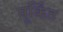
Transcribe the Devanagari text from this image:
मूर्किंत